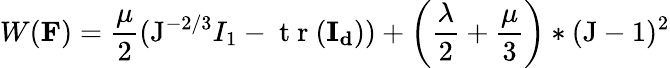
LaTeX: {W}(\mathbf{F})=\frac{\mu}{2}(\mathrm{J}^{-2/3}I_{1}-\mathrm{~t~r~}(\mathbf{I_{d}}))+\left(\frac{\lambda}{2}+\frac{\mu}{3}\right)*(\mathrm{J}-1)^{2}